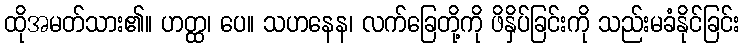
ထိုအမတ်သား၏။ ဟတ္ထ၊ ပေ။ သဟနေန၊ လက်ခြေတို့ကို ဖိနှိပ်ခြင်းကို သည်းမခံနိုင်ခြင်း